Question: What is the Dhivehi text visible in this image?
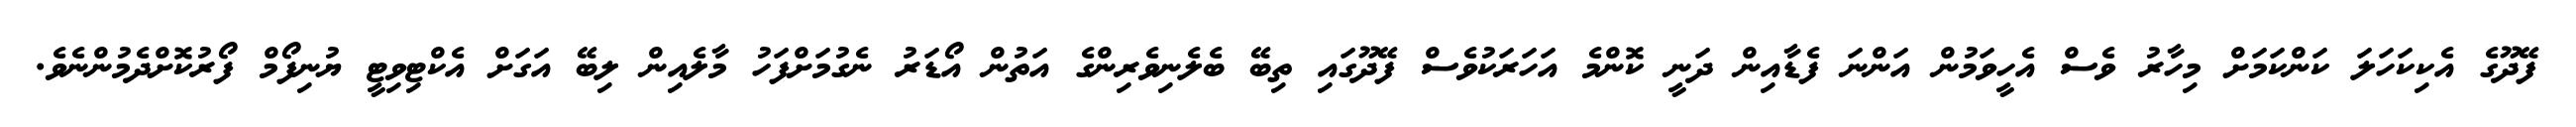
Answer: ފޭދޫގެ އެކިކަހަލަ ކަންކަމަށް މިހާރު ވެސް އެހީވަމުން އަންނަ ފެޑާއިން ދަނީ ކޮންމެ އަހަރަކުވެސް ފޭދޫގައި ތިބޭ ބެލެނިވެރިންގެ އަތުން އޯޑަރު ނެގުމަށްފަހު މާލެއިން ލިބޭ އަގަށް އެކްޓިވިޓީ ޔުނިފޯމް ފޯރުކޮށްދެމުންނެވެ.